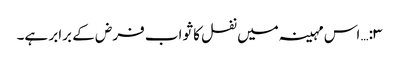
۳:… اس مہینہ میں نفل کا ثواب فرض کے برابر ہے۔